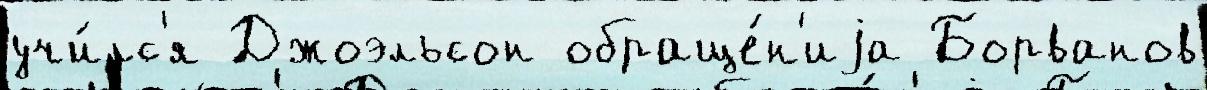
учи́лс'я Джоэльсон обраще́н'иjа Борванов